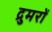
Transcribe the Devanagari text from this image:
द्रुमरों